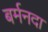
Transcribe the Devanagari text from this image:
बर्मनदा